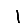
Digit: 1